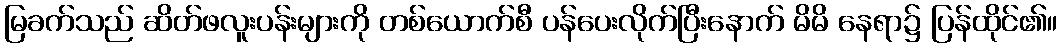
မြခက်သည် ဆိတ်ဖလူးပန်းများကို တစ်ယောက်စီ ပန်ပေးလိုက်ပြီးနောက် မိမိ နေရာ၌ ပြန်ထိုင်၏။